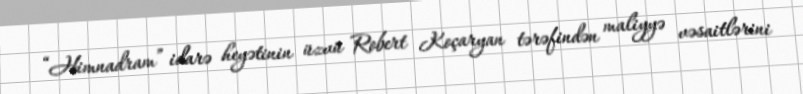
“Himnadram” idarə heyətinin üzvü Robert Koçaryan tərəfindən maliyyə vəsaitlərini